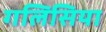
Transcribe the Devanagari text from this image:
गलिसिया